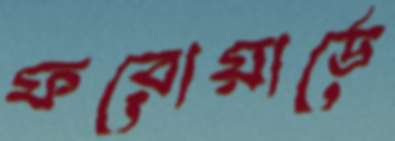
ফরোয়ার্ডে